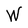
Character: W